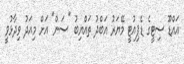
އައްޑޫ ސިޓީގެ ޑެޕިއުޓީ މޭޔަރު އަބްދު ތައްޔިބު "ސަން" އަށް މިއަދު ވިދާޅުވީ